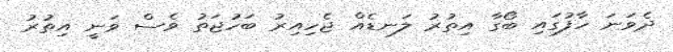
ދެވަނަ ހާފުގައި ބޯގާ އިތުރު ލަނޑެއް ޖެހިއިރު ބަހުޖަތު ވެސް ވަނީ އިތުުރު